Civil Veterinary Department. Madras. Admin. report 1910-25 - 1910-1925
Year: 1910
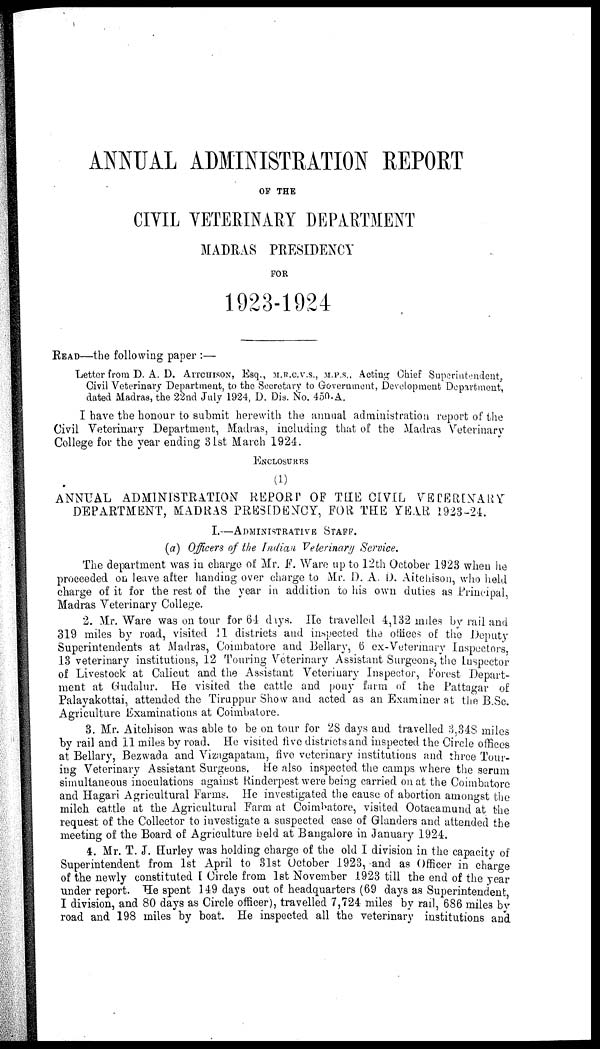
ANNUL ADMINISTRATION REPORT
OF THE
CIVIL VETERINARY DEPARTMENT
MADRAS PRESIDENCY
FOR
1923-1924
READ—the following paper :—
Letter from D. A. D. AITCHISON, Esq., M.R.C.V.S., M.P.S., Acting Chief Superintendent,
Civil Veterinary Department, to the Secretary to Government, Development Department,
dated Madras, the 22nd July 1924, D. Dis. No. 450-A.
I have the honour to submit herewith the annual administration report of the
Civil Veterinary Department, Madras, including that of the Madras Veterinary
College for the year ending 31st March 1924.
ENCLOSURES
(1)
ANNUAL ADMINISTRATION REPORT OF TEE CIVIL VETERINARY
DEPARTMENT, MADRAS PRESIDENCY, FOR THE YEAR 1923-24.
I.—ADMINISTRATIVE STAFF.
(a) Officers of the Indian Veterinary Service.
The department was in charge of Mr. F. Ware up to 12th October 1923 when he
proceeded on leave after handing over charge to Mr. D. A. D. Aitchison, who held
charge of it for the rest of the year in addition to his own duties as Principal,
Madras Veterinary College.
2. Mr. Ware was on tour for 64 days. He travelled 4,132 miles by rail and
319 miles by road, visited 11 districts and inspected the offices of the Deputy
Superintendents at Madras, Coimbatore and Bellary, 6 ex-Veterinary Inspectors,
13 veterinary institutions, 12 Touring Veterinary Assistant Surgeons, the Inspector
of Livestock at Calicut and the Assistant Veterinary Inspector, Forest Depart-
ment at Gudalur. He visited the cattle and pony farm of the Pattagar of
Palayakottai, attended the Tiruppur Show and acted as an Examiner at the B.Sc.
Agriculture Examinations at Coimbatore.
3. Mr. Aitchison was able to be on tour for 28 days and travelled 8,348 miles
by rail and 11 mile3 by road. He visited five districts and inspected the Circle offices
at Bellary, Bezwada and Vizngapatam, five veterinary institutions and three Tour-
ing Veterinary Assistant Surgeons. He also inspected the camps where the serum
simultaneous inoculations against Rinderpest were being carried on at the Coimbatore
and Hagari Agricultural Farms. He investigated the cause of abortion amongst the
milch cattle at the Agricultural Farm at Coimbatore, visited Ootacamund at the
request of the Collector to investigate a suspected case of Glanders and attended the
meeting of the Board of Agriculture held at Bangalore in January 1924.
4. Mr. T. J. Hurley was holding charge of the old I division in the capacity of
Superintendent from 1st April to 31st October 1923, and as Officer in charge
of the newly constituted I Circle from 1st November 1923 till the end of the year
under report. He spent 149 days out of headquarters (69 days as Superintendent,
I division, and 80 days as Circle officer), travelled 7,724 miles by rail, 686 miles by
road and 198 miles by boat. He inspected all the veterinary institutions and